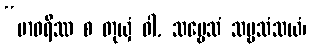
“ဗာဝရိဿ စ တုယှံ ဝါ, သဗ္ဗေသံ သဗ္ဗသံသယံ၊